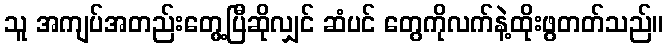
သူ အကျပ်အတည်းတွေ့ပြီဆိုလျှင် ဆံပင် တွေကိုလက်နဲ့ထိုးဖွတတ်သည်။